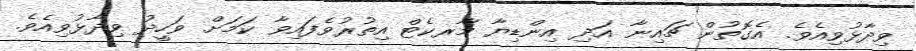
ވިދާޅުވިއެވެ. އެގޮތުން ޗައިނާ އަދި އިންޑިޔާ މާރކެޓް އިތުރުވެފައިވާ ކަމަށް ވަހީދު ވިދާޅުވިއެވެ.